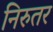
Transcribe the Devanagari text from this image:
निरुतर